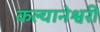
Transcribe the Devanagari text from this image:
कल्यानेश्वरी